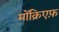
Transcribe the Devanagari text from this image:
मोंक्रिएफ़